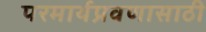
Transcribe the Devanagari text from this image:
परमार्थप्रवणासाठी